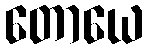
တောယေ